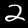
Label: 2